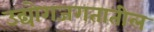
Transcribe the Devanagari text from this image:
उद्योगजगतातील